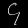
Digit: ၄